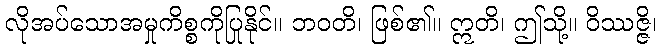
လိုအပ်သောအမှုကိစ္စကိုပြုနိုင်။ ဘဝတိ၊ ဖြစ်၏။ ဣတိ၊ ဤသို့။ ဝိဿဇ္ဇိ၊